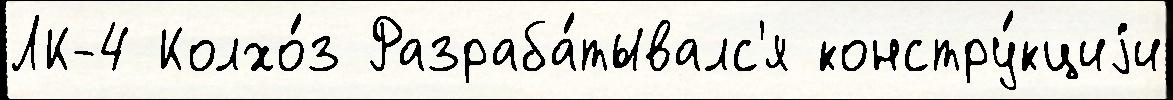
ЛК-4 Колхо́з Разраба́тывалс'я констру́кциjи